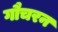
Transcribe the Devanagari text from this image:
गौचरन